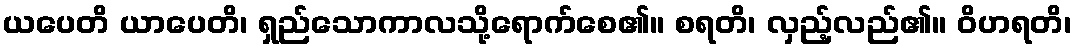
ယပေတိ ယာပေတိ၊ ရှည်သောကာလသို့ရောက်စေ၏။ စရတိ၊ လှည့်လည်၏။ ဝိဟရတိ၊